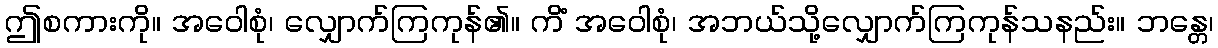
ဤစကားကို။ အဝေါစုံ၊ လျှောက်ကြကုန်၏။ ကိံ အဝေါစုံ၊ အဘယ်သို့လျှောက်ကြကုန်သနည်း။ ဘန္တေ၊